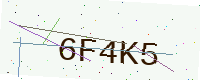
Text: 6F4K5